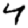
Digit: 4